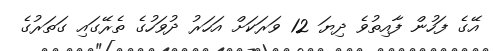
އޭގެ ފަހުން ފާއިތުވެ ދިޔަ 12 ވަރަކަށް އަހަރު ދުވަހުގެ ތެރޭގައި ގަތަރުގެ